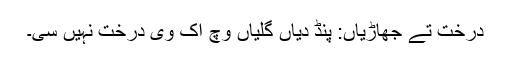
درخت تے جھاڑیاں: پنڈ دیاں گلیاں وچ اک وی درخت نہیں سی۔